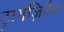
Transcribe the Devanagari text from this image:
ट्रायज़ियैक